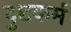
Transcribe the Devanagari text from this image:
दुष्टकर्म